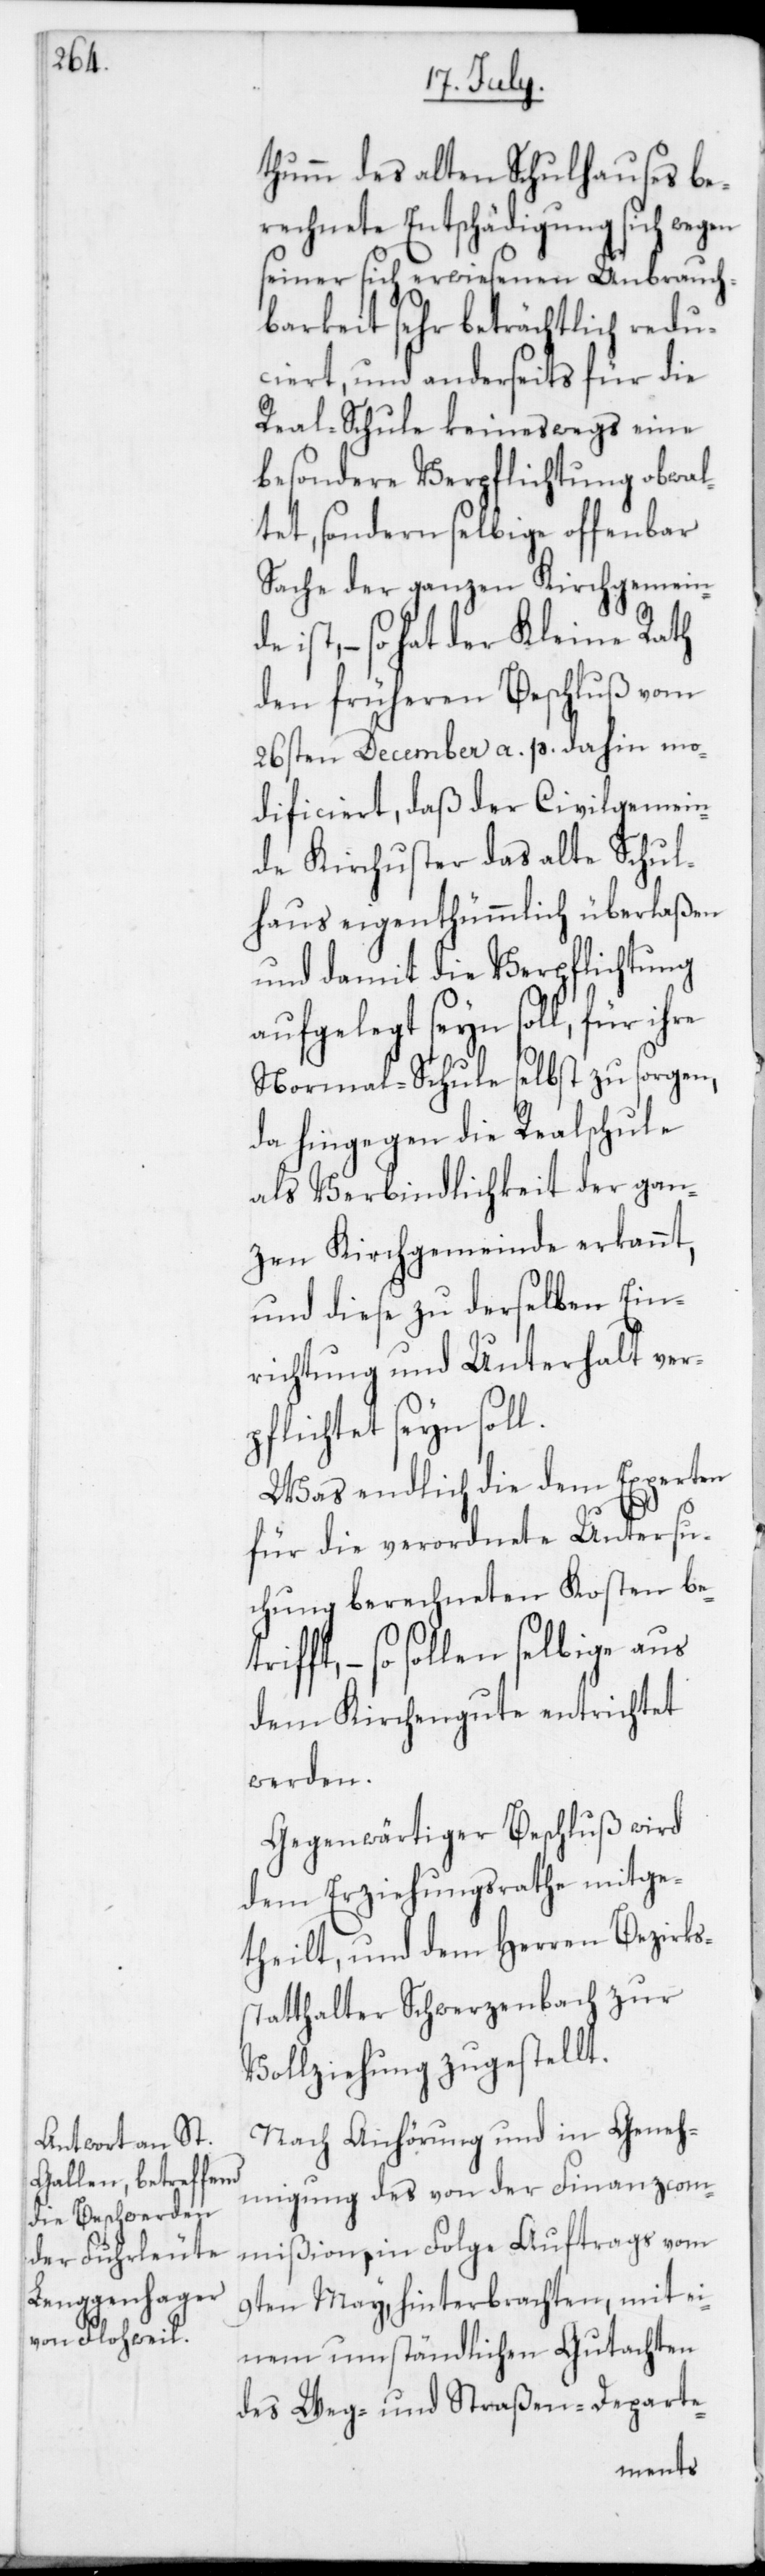
thumm des alten Schulhauses be¬
rechnete Entschädigung sich wegen
seiner sich erwiesenen Unbrauch¬
barkeit sehr beträchtlich redu¬
ciert, und anderseits für die
Real-Schule keineswegs eine
besondere Verpflichtung obwal¬
tet, sondern selbige offenbar
Sache der ganzen Kirchgemeinde
– so hat der Kleine Rath
den früheren Beschluß vom
26sten December a. p. dahin mo¬
dificiert, daß der Civilgemein¬
de Kirchuster das alte Schul¬
haus eigenthümmlich überlaßen
und damit die Verpflichtung
aufgelegt seyn soll, für
Normal-Schule selbst zu sorgen,
da hingegen die Realschule
als Verbindlichkeit der gan¬
zen Kirchgemeinde erkannt,
und diese zu derselben Ein¬
richtung und Unterhalt ver¬
pflichtet seyn soll.
Was endlich die dem Experten
für die verordnete Untersu¬
chung berechneten Kosten be¬
trifft, – so sollen
dem Kirchengute entrichtet
werden.
Gegenwärtiger Beschluß wird
dem Erziehungsrathe mitge¬
theilt, und dem Herren Bezirks¬
statthalter Schwerzenbach zur
Vollziehung zugestellt.
Nach Anhörung und in Geneh¬
migung des von der Finanzcom¬
mißion in Folge Auftrags vom
9ten May, hinterbrachten, mit ei¬
nem umständlichen Gutachten
des Weg- und Straßen-Departe-